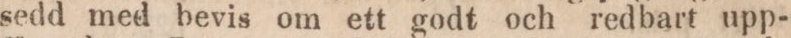
sedd med bevis om ett godt och redbart upp-